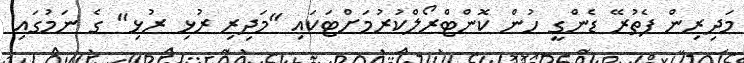
މަދިރިން ފެތުރޭ ޑެންގީ ހުން ކޮންޓްރޯލްކުރުމަށްޓަކައި "މަދިރި ރުޅި ރުޅި" ގެ ނަމުގައި